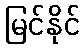
မြင်နိုင်